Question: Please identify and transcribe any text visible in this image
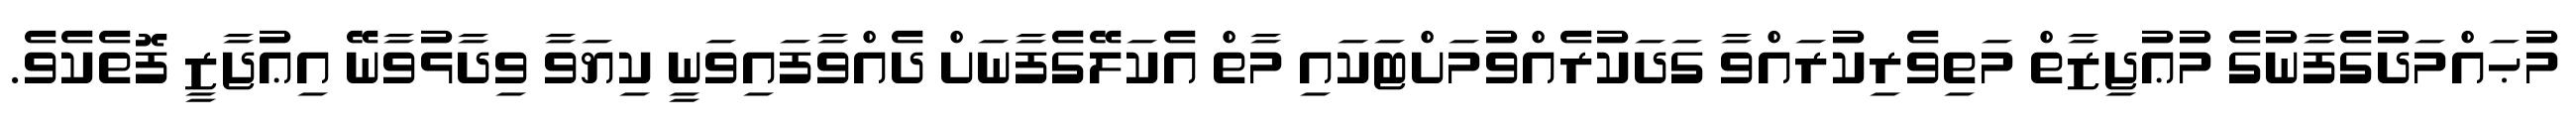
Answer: މުޙައްމަދުގެފާނުގެ މުޢުޖިޒާތް މަތިވެރިކުރައްވާ ގަދަކުރެއްވުމަށްޓަކައި މާތް އެކަލޭގެފާނަށް ދެއްވާފައިވަނީ ކިޔަވާ ވިދާޅުވާނޭ އިޢުޖާޒީ ފޮތެކެވެ.